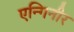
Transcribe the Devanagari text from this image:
एन्गिनीर